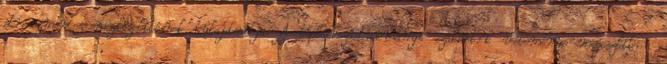
stresszmentes megközelítésnek tulajdonítja. A táplálkozástudományi szakért?k véleménye megoszlik a